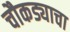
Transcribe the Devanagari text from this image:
चौकड्याचा